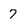
Character: 7